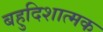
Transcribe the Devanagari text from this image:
बहुदिशात्मक